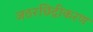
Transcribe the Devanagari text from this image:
जठरछिद्रीकरण